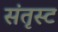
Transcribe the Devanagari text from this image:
संतृस्ट